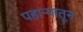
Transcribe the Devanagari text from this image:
पहाऱ्यातून